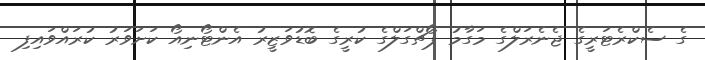
ގެ ސެކްރެޓަރީގެ ޖެނެރަލްގެ މަގާމު ޕޯޗްގަލްގެ ކުރީގެ ބޮޑުވަޒީރު އެންޓޯނިއޯ ކަށަވަރު ކުރައްވައިފި